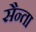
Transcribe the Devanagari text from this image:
सैन्ता